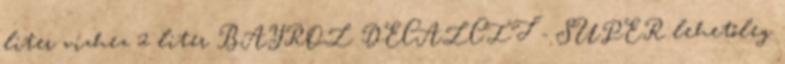
liter vízhez 2 liter BAYROL DECALCIT - SUPER lehetőleg